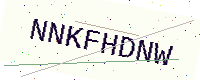
Text: NNKFHDNW